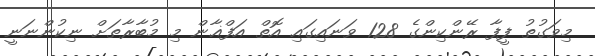
މިވަގުތު ފީފާ ރޭންކިންގެ 128 ވަނައިގައި އޮތް އަފްޣާން މި މުބާރާތަށް ނިކުންނަނީ